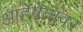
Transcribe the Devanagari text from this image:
आहेवेतावर